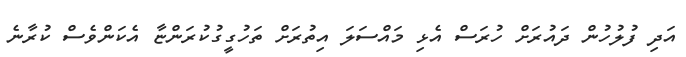
އަދި ފުލުހުން ދައުރަށް ހުރަސް އެޅި މައްސަލަ އިތުރަށް ތަހުގީގުކުރަންޏާ އެކަންވެސް ކުރާނެ